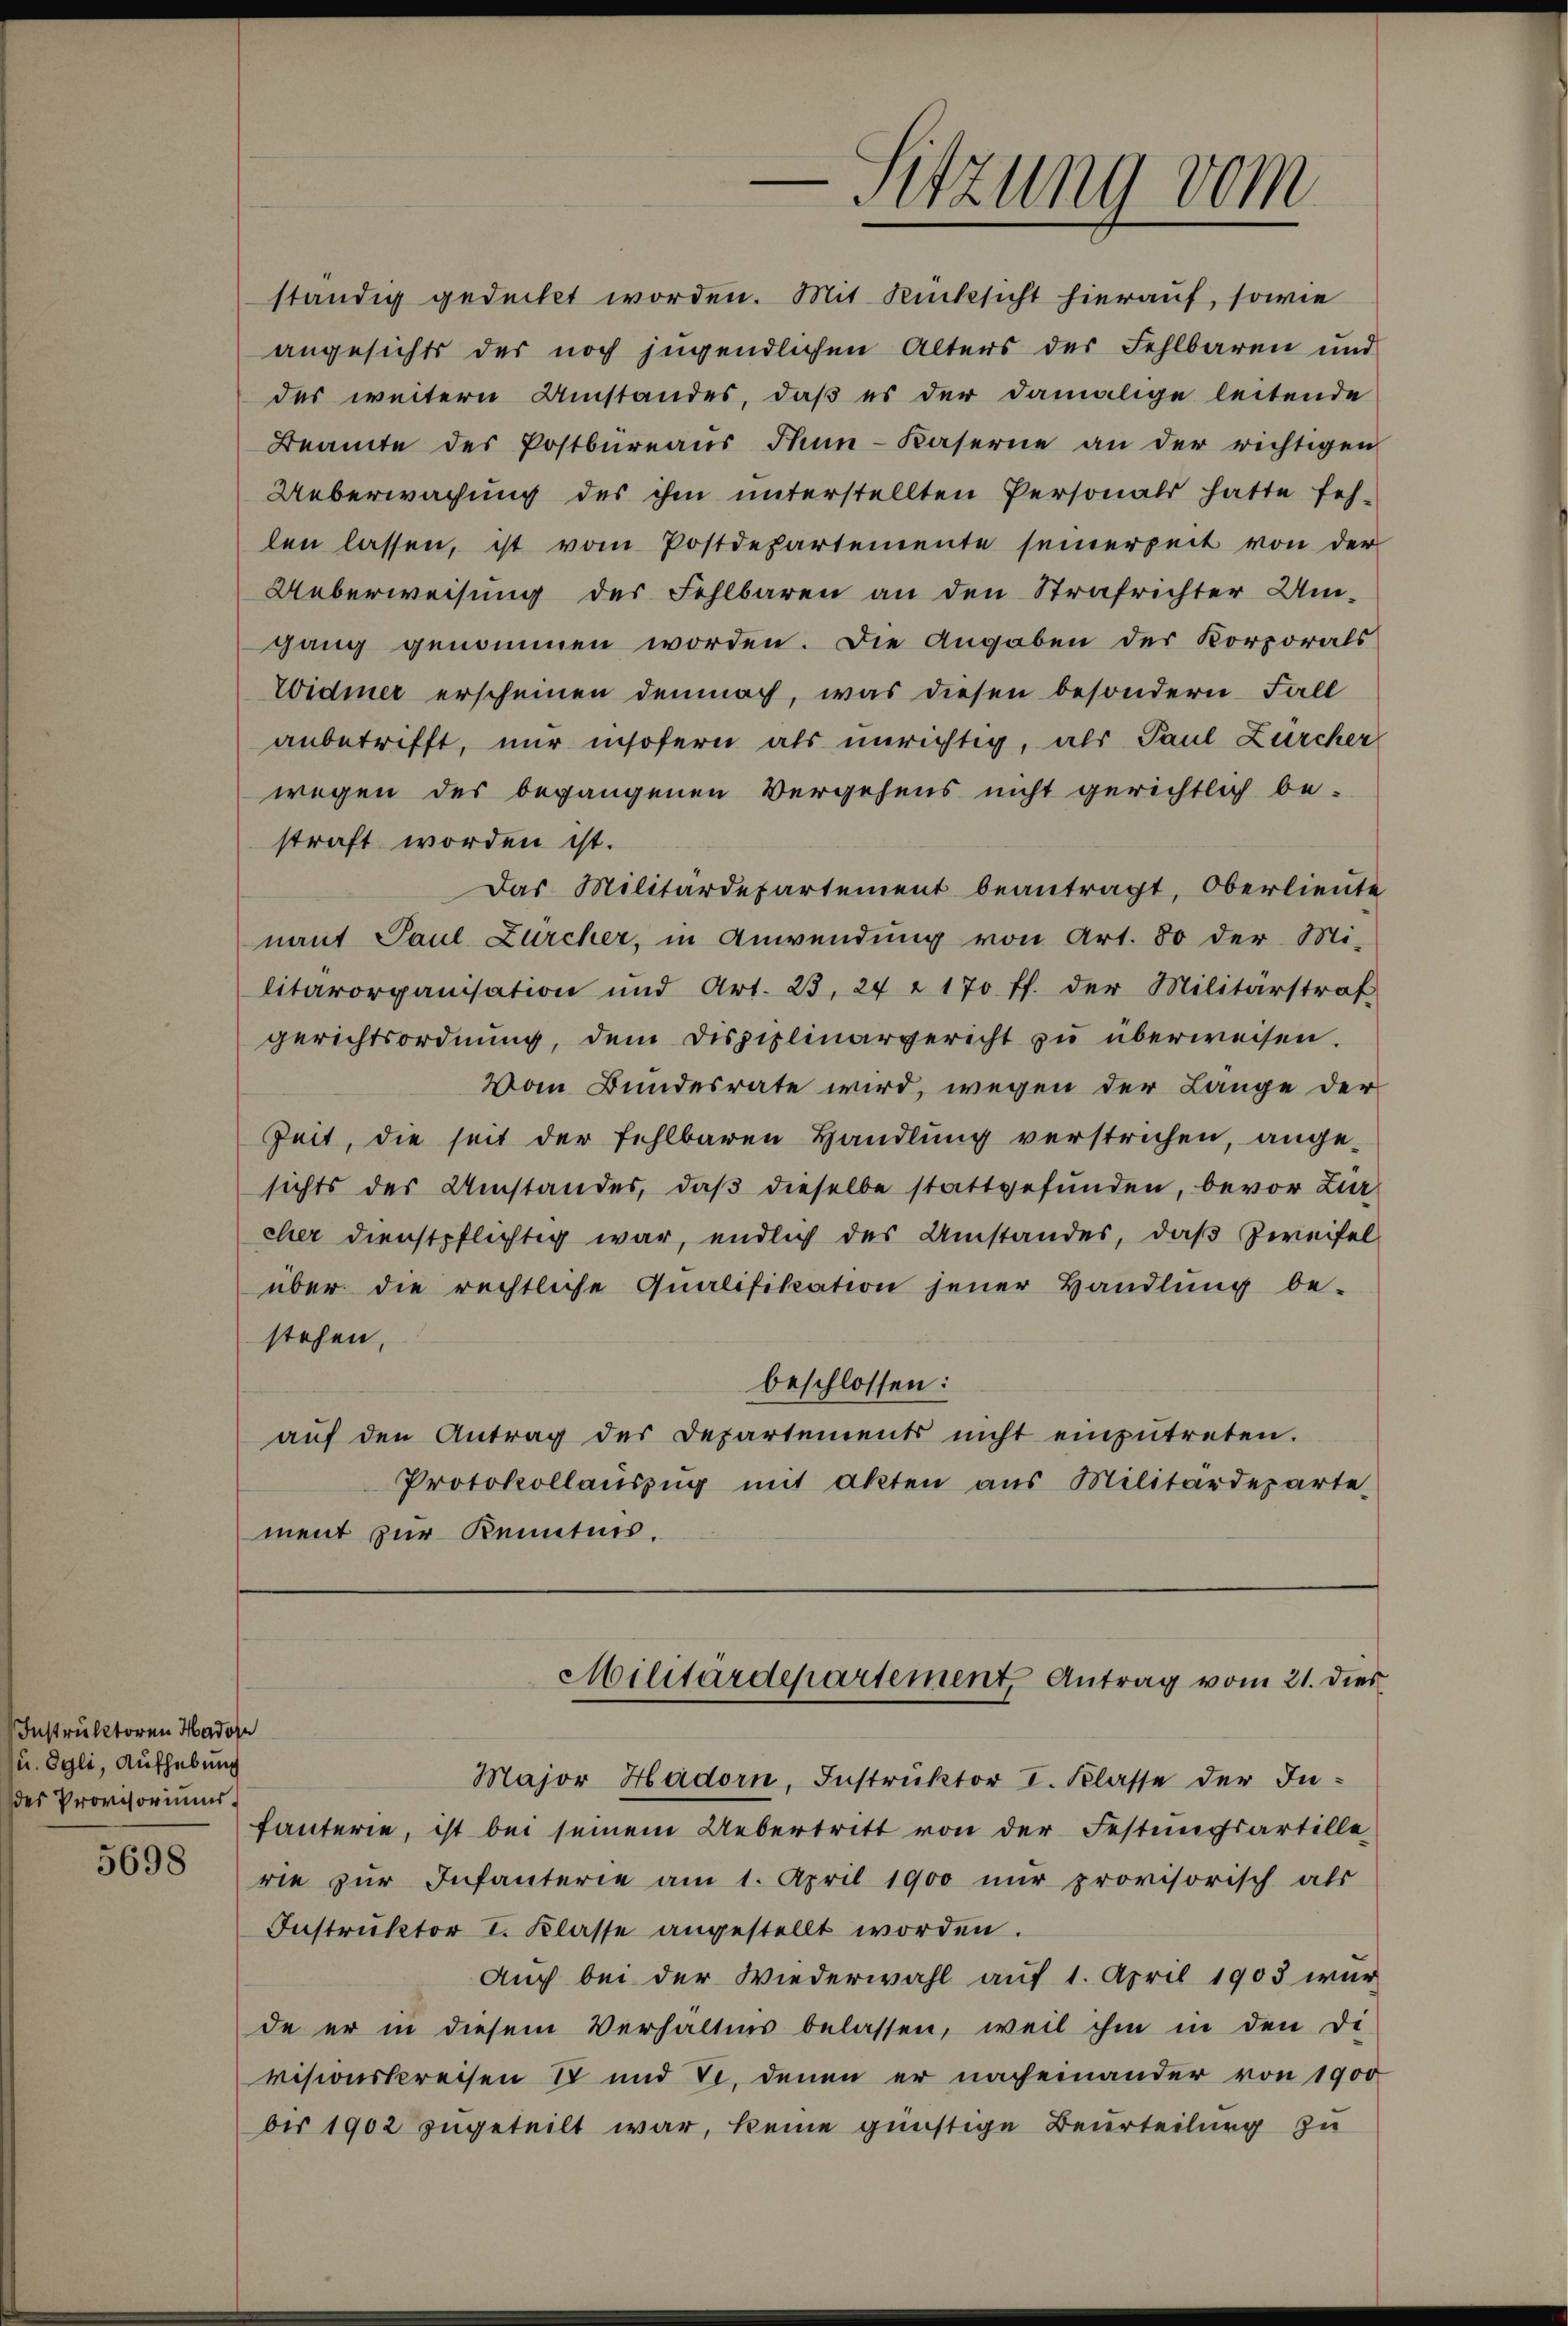
Instruktoren Hadose
u. Egli, Aufhebung
des Provisoriums.

5698

ständig gedeckt worden. Mit Rücksicht hierauf, sowie
angesichts der noch jugendlichen Alters der Fehlbaren und
des weitern Umstandes, daß es der damalige leitende
Beamte des Postbüreaŭs Thun-Kaserne an der richtigen
Ueberwachung des ihm unterstellten Personals hatte feh-
len lassen, ist vom Postdepartemente seinerzeit von der
Ueberweisung des Fehlbaren an den Strafrichter Umgang genommen worden. Die Angaben der Korporals
Widmer erscheinen demnach, was diesen besondern Fall
anbetrifft, nur insofern als unrichtig, als Paul Zürcher
wegen des begangenen Vergehens nicht gerichtlich be-
straft worden ist.
Das Militärdepartement beantragt, Oberlieute
nant Paul Zürcher, in Anwendung von Art. 80 der Mi-
litärorganisation und Art. 23. 24 t 170 ff. der Militärstraf
gerichtsordnung, dem Disziplinargericht zu überweisen.
Vom Bundesrate wird, wegen der Lange der
Zeit, die soit der fehlbaren Handlung verstrichen, ange-
sichts des Umstandes, daß dieselbe stattgefunden, bevor Zur
cher dienstpflichtig war, endlich des Umstandes, daß Zweifel
über die rechtliche Qualifikation jener Handlŭng be-
stehen,
beschlossen:
aŭf den Antrag des Departements nicht einzŭtreten.
Protokollaŭszŭg mit akten aus Militärdeparte
ment zur Kenntnis.

Major Hadorn, Instruktor I. Klasse der Infanterie, ist bei seinem Uebertritt von der Festungsartille,
rie zŭr Infanterie am 1. April 1900 nŭr provisorisch als
Instruktor I. Klasse angestellt worden.
Auch bei der Wiederwahl auf 1. April 1903 wur
de er in diesem Verhältnis belassen, weil ihm in den di
visionskreisen I und 7. denen er nacheinander von 1900
ber 1902 zugeteilt war, keine günstige Beurteilung zu

-Sitzung vom

Militärdepartement Antrag vom 21. dies